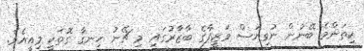
ކިތަންމެ ބޭނުން ނުވިޔަސް ވަޒީފާގެ ބާޒާރުގައި މި ޗޭނު ހިނގާ ގޮތަކީ މިއީއެވެ.